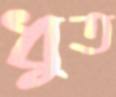
ধুত